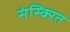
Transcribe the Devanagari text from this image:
संस्क्ऱित